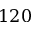
1 2 0